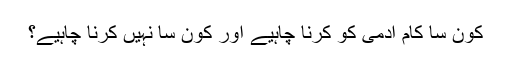
کون سا کام آدمی کو کرنا چاہیے اور کون سا نہیں کرنا چاہیے؟